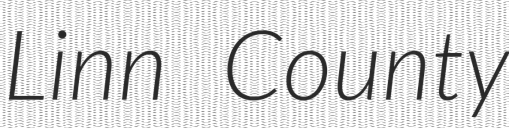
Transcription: Linn County